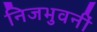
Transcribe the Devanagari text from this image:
निजभुवनीं